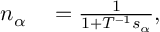
\begin{array} { r l } { n _ { \alpha } } & { { } = \frac { 1 } { 1 + T ^ { - 1 } s _ { \alpha } } , } \end{array}